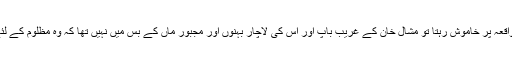
اگر معاشرہ بھی اس واقعہ پر خاموش رہتا تو مشال خان کے غریب باپ اور اس کی لاچار بہنوں اور مجبور ماں کے بس میں نہیں تھا کہ وہ مظلوم کے لئے انصاف دلا سکتے۔